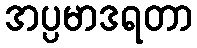
အပ္ပမာဒရတာ